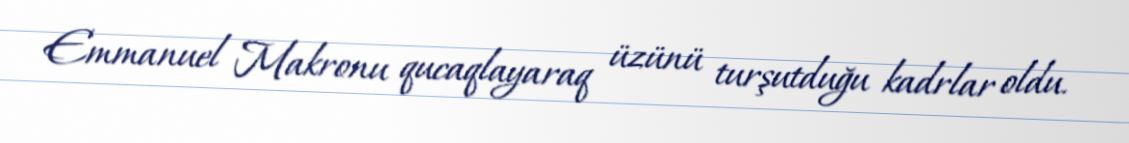
Emmanuel Makronu qucaqlayaraq üzünü turşutduğu kadrlar oldu.